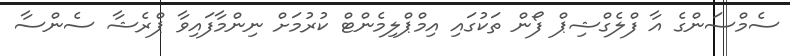
ސެމްސަންގެ އާ ފްލެގްޝިޕް ފޯން ތަކުގައި އިމްޕްލިމެންޓް ކުރުމަށް ނިންމާފައިވާ ޕްރެޝާ ސެންސާ